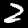
Digit: 2